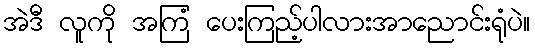
အဲဒီ လူကို အကြံ ပေးကြည့်ပါလားအာညောင်းရုံပဲ။